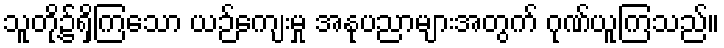
သူတို့၌ရှိကြသော ယဉ်ကျေးမှု အနုပညာများအတွက် ဂုဏ်ယူကြသည်။